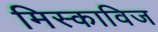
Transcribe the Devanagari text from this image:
मिस्काविज